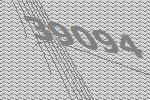
39094